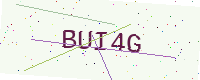
Text: BUI4G